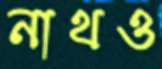
নাথও